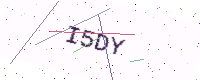
Text: I5DY